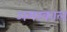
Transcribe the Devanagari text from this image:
अमरकाल